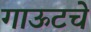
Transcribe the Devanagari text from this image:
गाऊटचे